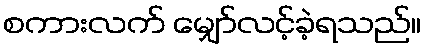
စကားလက် မျှော်လင့်ခဲ့ရသည်။